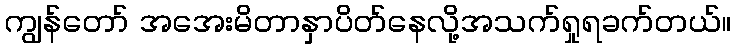
ကျွန်တော် အအေးမိတာနှာပိတ်နေလို့အသက်ရှုရခက်တယ်။